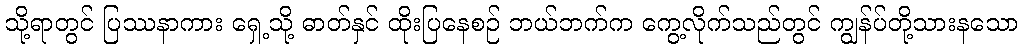
သို့ရာတွင် ပြဿနာကား ရှေ့သို့ ဓာတ်နှင် ထိုးပြနေစဉ် ဘယ်ဘက်က ကွေ့လိုက်သည်တွင် ကျွန်ပ်တို့သားနသော